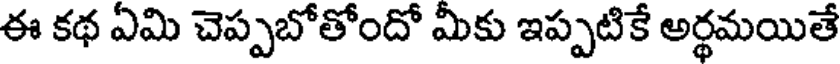
ఈ కథ ఏమి చెప్పబోతోందో మీకు ఇప్పటికే అర్థమయితే